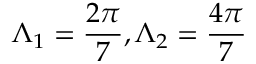
\Lambda _ { 1 } = \frac { 2 \pi } { 7 } , \Lambda _ { 2 } = \frac { 4 \pi } { 7 }